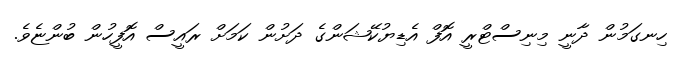
ހިނގަމުން ދާނީ މިނިސްޓްރީ އޮފް އެޑިޔުކޭޝަންގެ ދަށުން ކަމަށް ރައީސް އޮފީހުން ބުންޏެވެ.